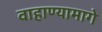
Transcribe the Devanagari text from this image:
वाहाण्यामागे